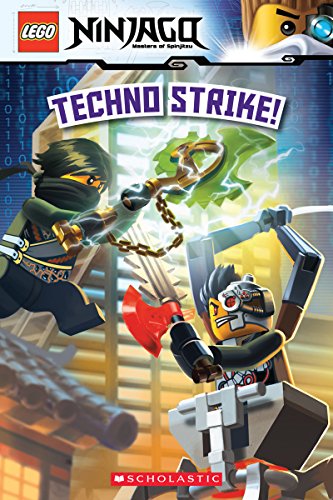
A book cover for LEGO Ninjago: Techno Strike! (Reader #9); Kate Howard; Children's Books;